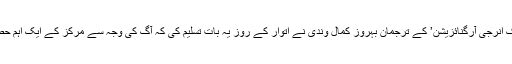
ایران میں جوہری ادارے ‘اٹامک انرجی آرگنائزیشن’ کے ترجمان بہروز کمال وندی نے اتوار کے روز یہ بات تسلیم کی کہ آگ کی وجہ سے مرکز کے ایک اہم حصے کو کافی نقصان پہنچا ہے۔